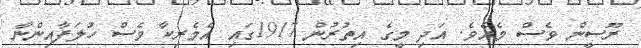
ރޫސީން ވެސް މެއެވެ. އަދި މީގެ އިތުރުން 1917ގައި އެމެރިކާ ވެސް ހުލަފާއިންނާ